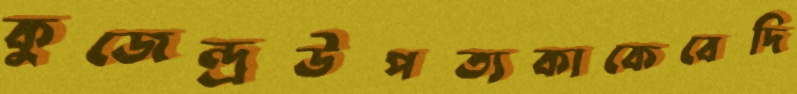
কুজেন্দ্রউপত্যকাকেবেদি